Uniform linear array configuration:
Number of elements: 24
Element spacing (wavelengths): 0.75
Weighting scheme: kaiser
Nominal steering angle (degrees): -30
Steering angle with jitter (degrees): -29.73
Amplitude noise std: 0.05
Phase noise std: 0.05

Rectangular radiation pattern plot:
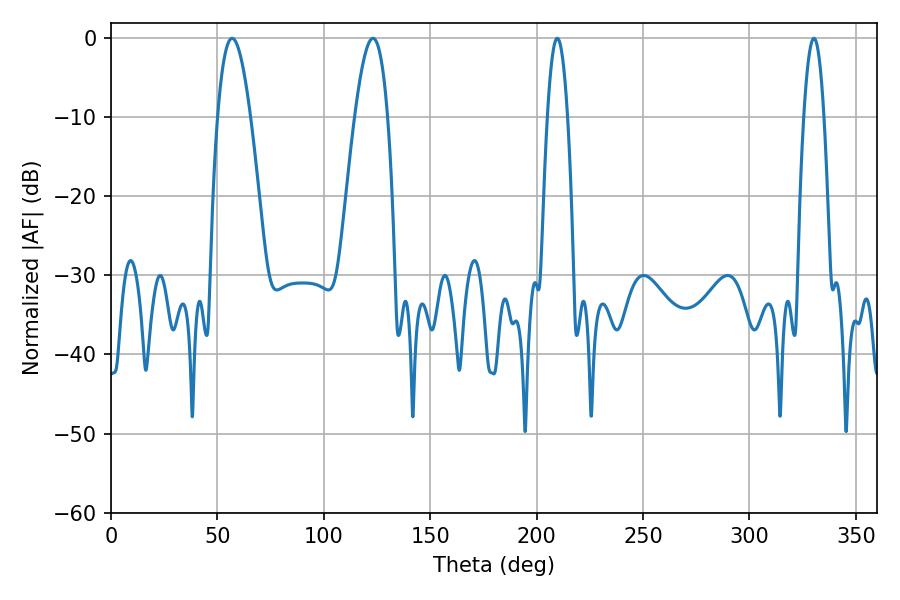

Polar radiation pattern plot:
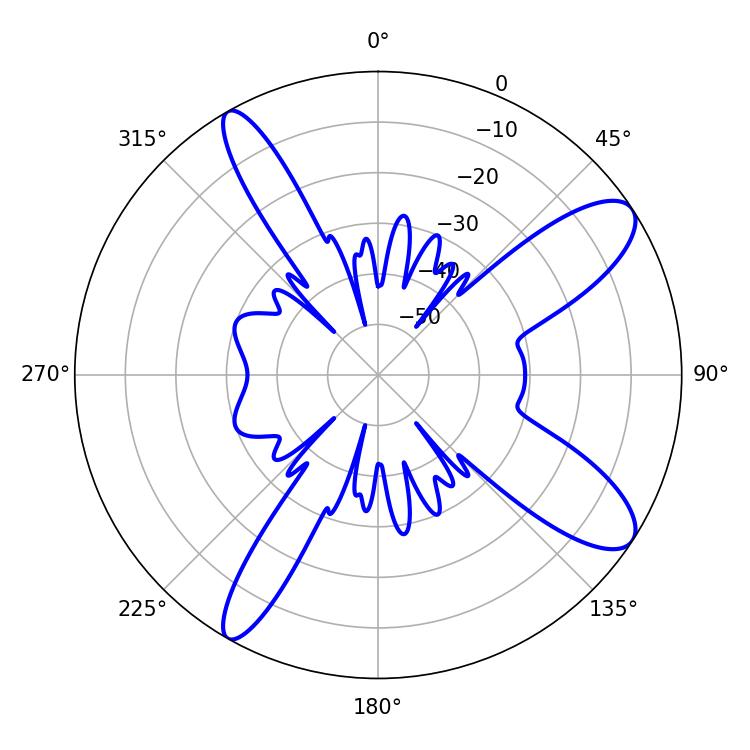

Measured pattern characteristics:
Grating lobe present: TRUE
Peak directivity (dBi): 10.692
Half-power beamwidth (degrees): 5.22
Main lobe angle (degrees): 209.7